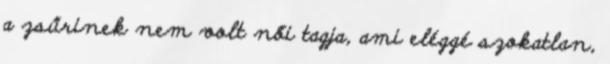
a zsűrinek nem volt női tagja, ami eléggé szokatlan,